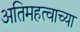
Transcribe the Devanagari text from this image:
अतिमहत्वाच्या